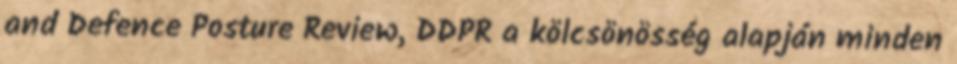
and Defence Posture Review, DDPR a kölcsönösség alapján minden